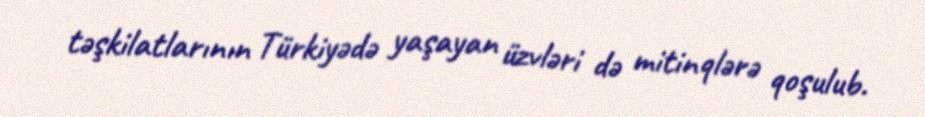
təşkilatlarının Türkiyədə yaşayan üzvləri də mitinqlərə qoşulub.